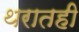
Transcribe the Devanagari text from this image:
थरातही